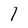
Character: 1